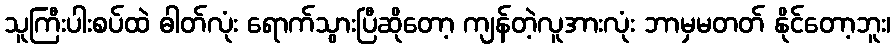
သူကြီးပါးစပ်ထဲ ဓါတ်လုံး ရောက်သွားပြီဆိုတော့ ကျန်တဲ့လူအားလုံး ဘာမှမတတ် နိုင်တော့ဘူး၊